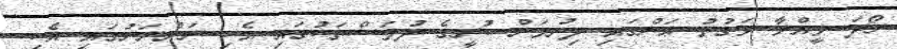
ރޯދަ ވީއްލާ ވަގުތު އަންގައި ދިނުމަށް ކުރީގެ ދުވަސްތަކުގައި އެކި ރަށްރަށުގައި އެކި